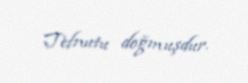
Tefnutu doğmuşdur.